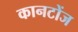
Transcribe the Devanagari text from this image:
कानटोंज